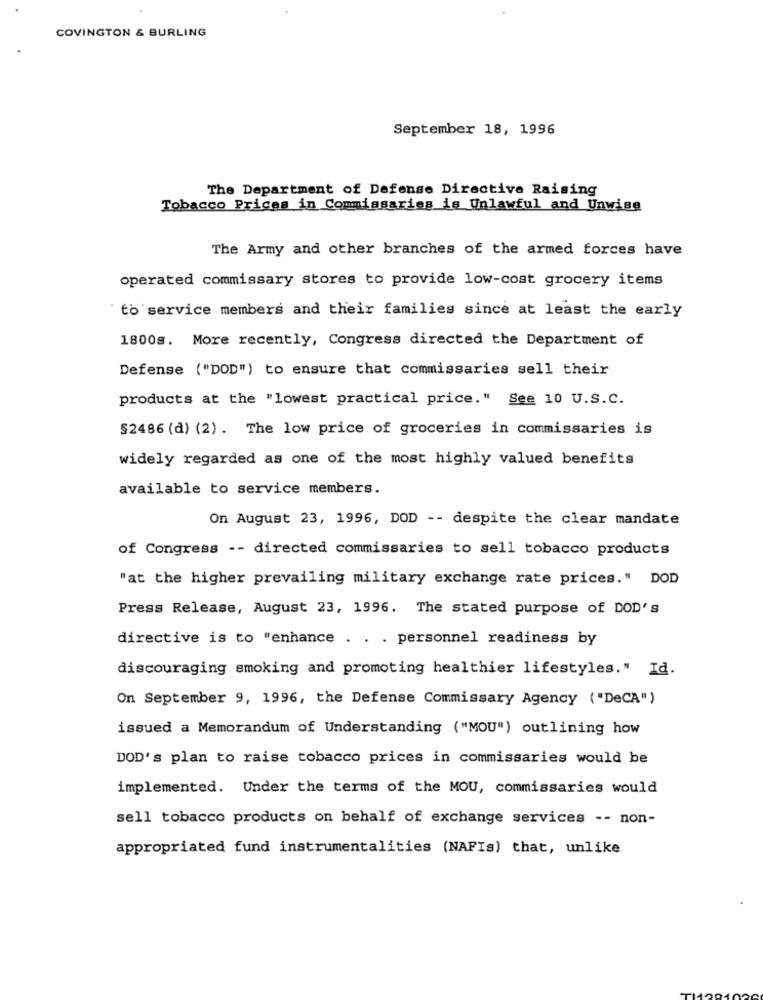
COVINGTON & BURLING
September 18, 1996
The Department of Defense Directive Raising
Tobacco Prices in Commissarios is Unlawful and Unwise
The Army and other branches of the armed forces have
operated commissary stores to provide low-cost grocery items
to service members and their families since at least the early
1800s. More recently, Congress directed the Department of
Defense ("DOD") to ensure that commissaries sell their
products at the "lowest practical price." See 10 U.S.C.
§2486 (d) (2). The low price of groceries in commissaries is
widely regarded as one of the most highly valued benefits
available to service members.
On August 23, 1996, DOD -- despite the clear mandate
of Congress -- directed commissaries to sell tobacco products
"at the higher prevailing military exchange rate prices." DOD
Press Release, August 23, 1996. The stated purpose of DOD's
directive is to "enhance . . . personnel readiness by
discouraging smoking and promoting healthier lifestyles." Id.
On September 9, 1996, the Defense Commissary Agency ("DeCA")
issued a Memorandum of Understanding ("MOU") outlining how
DOD's plan to raise tobacco prices in commissaries would be
implemented. Under the terms of the MOU, commissaries would
sell tobacco products on behalf of exchange services -- non-
appropriated fund instrumentalities (NAFIs) that, unlike